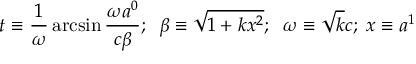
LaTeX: t \equiv \frac { 1 } { \omega } \arcsin \frac { \omega a ^ { 0 } } { c \beta } ; \; \; \beta \equiv \sqrt { 1 + k x ^ { 2 } } ; \; \; \omega \equiv \sqrt { k } c ; \; x \equiv a ^ { 1 }